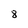
Character: 8